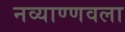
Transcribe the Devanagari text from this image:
नव्याण्णवला